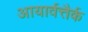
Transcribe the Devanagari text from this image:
आयार्वत्तैर्क